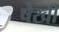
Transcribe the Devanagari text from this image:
षेखी